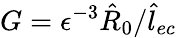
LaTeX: G=\epsilon^{-3}\hat{R}_{0}/\hat{l}_{ec}